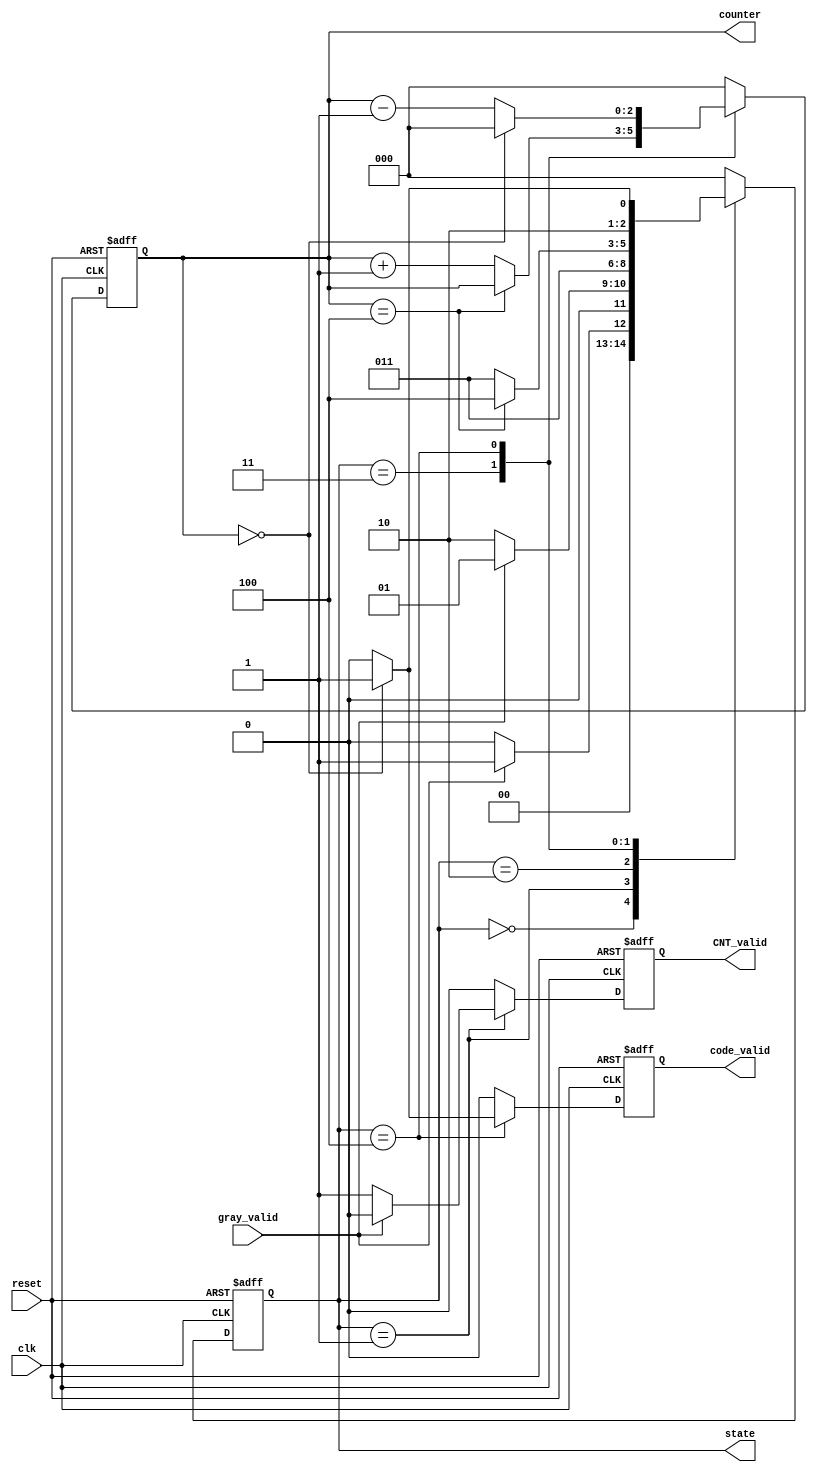
`timescale 1ns/10ps 

`define	IDLE 	3'd0
`define COUNT 	3'd1
`define	CNTV	3'd2
`define SORT	3'd3
`define	DECODE	3'd4
`define	CODEV	3'd5

module CU (clk,reset,gray_valid,CNT_valid,code_valid,state,counter);

//=============================================input,output===========================================//

	input clk;
	input reset;
	input gray_valid;
	output CNT_valid;
	output code_valid;
	output [2:0]	state,
					counter;
//===============================================reg==============================================//
	reg [2:0]	state;
	reg [2:0]	state_n;
	reg [2:0]	counter;
	reg	[2:0] 	counter_n;
	reg CNT_valid;
	reg CNT_valid_n;
	reg code_valid;
	reg code_valid_n;

//=============================================seq================================================//

	always @ (posedge clk or posedge reset)
	begin
		if(reset)
		begin
			state <= `IDLE;
			counter	<= 1;
			CNT_valid <= 0;
			code_valid <= 0;
		end
		else
		begin
			counter	<= counter_n;
			state <= state_n;
			CNT_valid<=CNT_valid_n;
			code_valid<=code_valid_n;
		end
	end
	
//=============================================comb==============================================//

	always @ (*)
	begin
		case(state)
		`IDLE  	:begin
					state_n = (gray_valid)? `COUNT : `IDLE;
					CNT_valid_n = 0;
					code_valid_n = 0;
					counter_n = 0;
				end
		`COUNT 	:begin
					state_n = (gray_valid)? `COUNT : `CNTV;
					CNT_valid_n = (gray_valid)? 0 : 1;
					code_valid_n = 0;
					counter_n = 0;
				end
		`CNTV	:begin
					state_n = `SORT;
					counter_n = 0;
					CNT_valid_n = 0;
					code_valid_n = 0;
				end
		`SORT	:begin
					state_n = (counter == 4)? `DECODE : `SORT;
					counter_n = (counter == 4)? counter  : counter + 1;
					CNT_valid_n = 0;
					code_valid_n = 0;
				end
		`DECODE	:begin
					state_n = (counter == 0)? `CODEV : `DECODE;
					counter_n = (counter == 0)? 0 : counter - 1;
					CNT_valid_n = 0;
					code_valid_n = (counter == 0)? 1 : 0;
				end
		`CODEV	:begin
					state_n = `IDLE;
					counter_n = 0;
					CNT_valid_n = 0;
					code_valid_n = 0;
				end
		default	:begin
					state_n = `IDLE;
					counter_n = 0;
					CNT_valid_n = 0;
					code_valid_n = 0;
				end
		endcase
	end

	endmodule